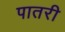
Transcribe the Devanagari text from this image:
पातरी